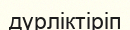
дүрліктіріп